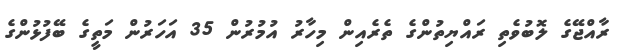
ރާއްޖޭގެ ލޮބުވެތި ރައްޔިތުންގެ ތެރެއިން މިހާރު އުމުރުން 35 އަހަރުން މަތީގެ ބޭފުޅުންގެ